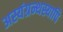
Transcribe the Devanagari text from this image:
अस्यंग्रन्थस्यापि